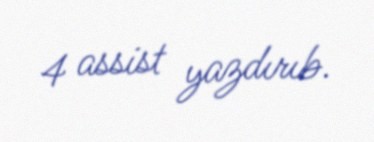
4 assist yazdırıb.